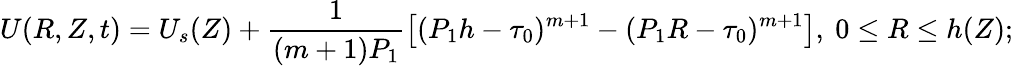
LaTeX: U(R,Z,t)=U_{s}(Z)+\frac{1}{(m+1)P_{1}}\left[(P_{1}h-\tau_{0})^{m+1}-(P_{1}R-\tau_{0})^{m+1}\right],~0\le R\le h(Z);